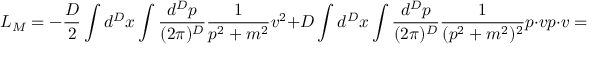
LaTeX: { \cal L } _ { M } = - { \frac { D } { 2 } } \int d ^ { D } x \int \frac { d ^ { D } p } { ( 2 \pi ) ^ { D } } \frac { 1 } { p ^ { 2 } + m ^ { 2 } } v ^ { 2 } + D \int d ^ { D } x \int \frac { d ^ { D } p } { ( 2 \pi ) ^ { D } } \frac { 1 } { ( p ^ { 2 } + m ^ { 2 } ) ^ { 2 } } p \cdot v p \cdot v = 0 .